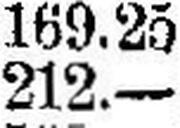
212.—